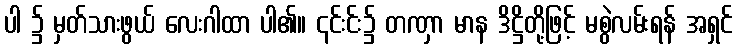
ပါ ၌ မှတ်သားဖွယ် လေးဂါထာ ပါ၏။ ၎င်းင်း၌ တဏှာ မာန ဒိဋ္ဌိတို့ဖြင့် မစွဲလမ်းရန် အရှင်